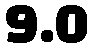
9.0